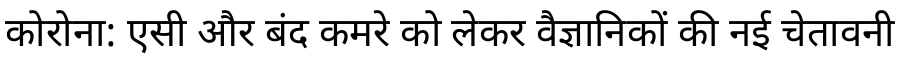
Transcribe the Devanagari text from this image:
कोरोना: एसी और बंद कमरे को लेकर वैज्ञानिकों की नई चेतावनी